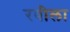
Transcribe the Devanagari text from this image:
रवीला